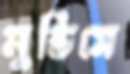
মুডিসে